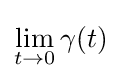
\lim _{t\to 0}\gamma (t)